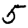
Digit: 5